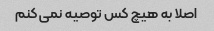
اصلا به هیچ کس توصیه نمی کنم